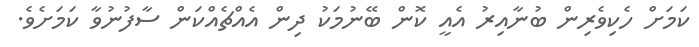
ކަމަށް ހެކިވެރިން ބުނާއިރު އެއީ ކޮން ބޭނުމަކު ދިން އެއްޗެއްކަން ސާފުނުވާ ކަމަށެވެ.